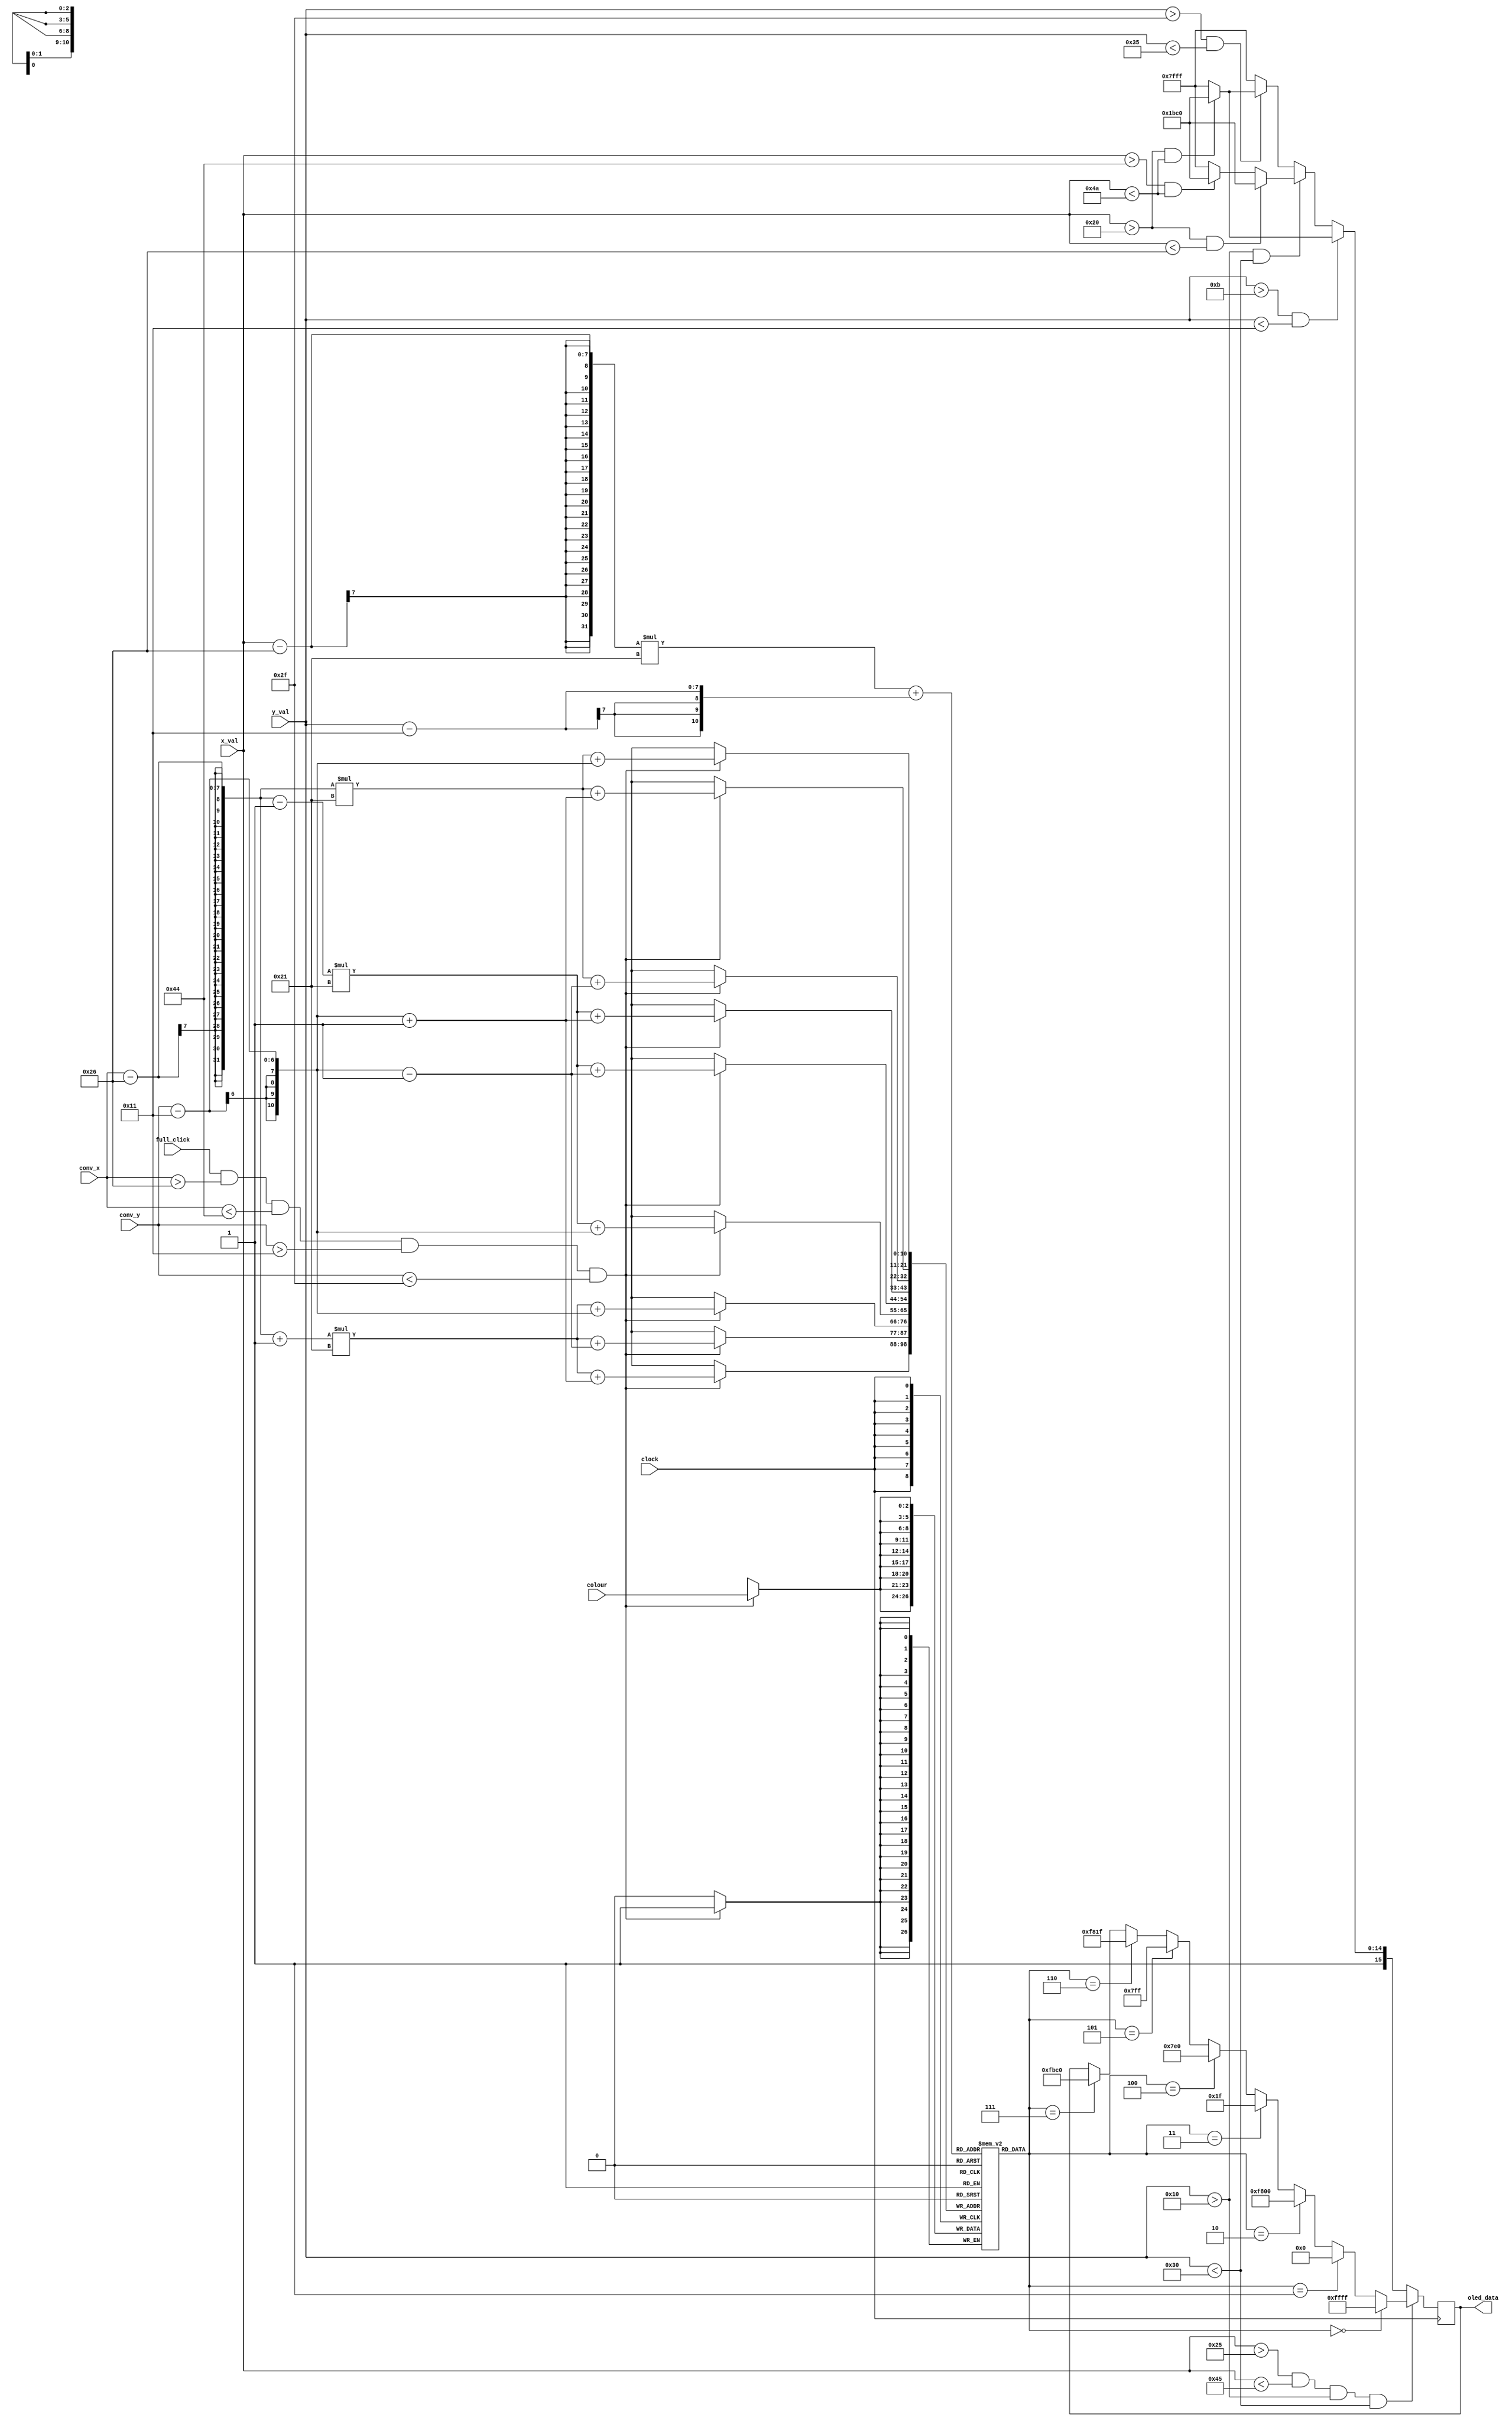
`timescale 1ns / 1ps
//////////////////////////////////////////////////////////////////////////////////
// Company: 
// Engineer: 
// 
// Design Name: 
// Module Name: Draw
// Project Name: 
// Target Devices: 
// Tool Versions: 
// Description: 
// 
// Dependencies: 
// 
// Revision:
// Revision 0.01 - File Created
// Additional Comments:
// 
//////////////////////////////////////////////////////////////////////////////////


module Draw(
    input clock,
    input [6:0] x_val, y_val,
    input [6:0] conv_x, 
    input [5:0] conv_y,
    input full_click,
    input [2:0] colour,
    output reg [15:0] oled_data = 0
    );
    parameter x_offset = 38; //20 for 30 bit width
    parameter y_offset = 17; //17 for 30 bit width
    /*
    canvas size = x-30 by y-30
    start_x = (96-12-30)/2 + 12 = 38
    end_x = 68
    start_y = 17
    end_y = 47 
    */
    
    parameter border_colour = 16'h9BC0;
    parameter blue = 16'h001F;
    parameter red = 16'hF800;
    parameter green = 16'h07E0;
    parameter white = 16'hFFFF;
    parameter black = 16'h0000;
    parameter cyan = 16'h07FF;
    parameter magneta = 16'hF81F;
    parameter orange = 16'hFBC0;
    
    reg parity = 0;
    reg [2:0] canvas[32:0][32:0]; //32 by 32 array of size 2 bits per address. (0, white) (1, black) (2, red) (3, blue)
    
    always @(posedge clock) begin
        if (full_click && (conv_x > 38) && (conv_x < 68) && (conv_y > 17) && (conv_y < 47)) begin
            canvas[conv_x - x_offset][conv_y-y_offset] <= colour;
            canvas[conv_x - x_offset][conv_y-y_offset + 1] <= colour;
            canvas[conv_x - x_offset][conv_y-y_offset - 1] <= colour;
            canvas[conv_x - x_offset - 1][conv_y-y_offset+1] <= colour;
            canvas[conv_x - x_offset - 1][conv_y-y_offset-1] <= colour;
            canvas[conv_x - x_offset - 1][conv_y-y_offset] <= colour;
            canvas[conv_x - x_offset + 1][conv_y-y_offset] <= colour;
            canvas[conv_x - x_offset + 1][conv_y-y_offset - 1] <= colour;
            canvas[conv_x - x_offset + 1][conv_y-y_offset + 1] <= colour;
        end
        if ((x_val >37) && (x_val < 69) && (y_val > 16) && (y_val < 48))begin
            if (canvas[x_val-x_offset][y_val-y_offset] == 3'b000) begin
                oled_data <= white;
            end
            else if (canvas[x_val-x_offset][y_val-y_offset] == 3'b001) begin
                oled_data <= black;
            end
            else if (canvas[x_val-x_offset][y_val-y_offset] == 3'b010) begin
                oled_data <= red;
            end
            else if (canvas[x_val-x_offset][y_val-y_offset] == 3'b011) begin
                oled_data <= blue;
            end
            else if (canvas[x_val-x_offset][y_val-y_offset] == 3'b100) begin
                oled_data <= green;
            end
            else if (canvas[x_val-x_offset][y_val-y_offset] == 3'b101) begin
                oled_data <= cyan;
            end
            else if (canvas[x_val-x_offset][y_val-y_offset] == 3'b110) begin
                oled_data <= magneta;
            end
            else if (canvas[x_val-x_offset][y_val-y_offset] == 3'b111) begin
                oled_data <= orange;
            end
            
        end
        else if ((y_val > 11) && (y_val < 17)) begin //canvas starts at y = 17
            if ((x_val > 32) && (x_val < 74)) begin 
                oled_data <= border_colour; //top of canvas frame
            end
            else begin
                oled_data <= white;
            end
        end
        else if ((y_val > 16) && (y_val < 48)) begin //canvas frame
            if((x_val > 32) && (x_val < 38)) begin //
                oled_data <= border_colour;
            end
            else if ((x_val > 68) && (x_val < 74)) begin
                oled_data <= border_colour; //middle portions
            end
            else begin
                oled_data <= white;
            end
        end
        else if ((y_val > 47) && (y_val < 53)) begin
            if ((x_val > 32) && (x_val < 74)) begin 
                oled_data <= border_colour; //bottom of canvas frame
            end
            else begin
                oled_data <= white;
            end
        end
        else begin
            oled_data <= white;
        end
    end
    
endmodule